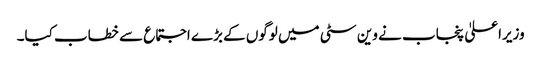
وزیراعلیٰ پنجاب نے وین سٹی میں لوگوں کے بڑے اجتماع سے خطاب کیا۔